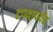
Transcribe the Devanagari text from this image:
टप्प्यापर्यंत